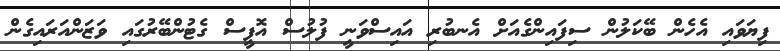
ފިޔަވައި އެހެން ބޭކަލުން ސިފައިންގެއަށް އެނބުރި އައިސްވަނީ ފުލުސް އޮފީސް ގެޓުންބޭރުގައި ވަޒަންއަރައިގެން